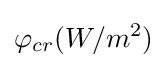
\varphi _{cr}(W/m^{2})